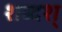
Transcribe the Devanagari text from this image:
शब्दश्